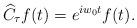
LaTeX: \begin{align*}\widehat{C}_{\tau}f(t)=e^{iw_0t}f(t).\end{align*}